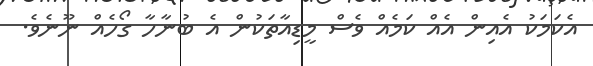
އެކަމަކު އެއިން އެއް ކަމެއް ވެސް މީޑިއާތަކުން އެ ބުނާހާ ގޯހެއް ނޫނެވެ.